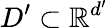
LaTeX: D^{\prime}\subset\mathbb{R}^{d^{\prime}}